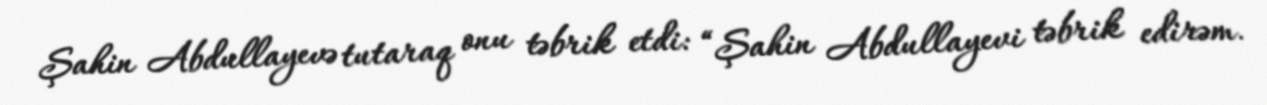
Şahin Abdullayevə tutaraq onu təbrik etdi: “Şahin Abdullayevi təbrik edirəm.